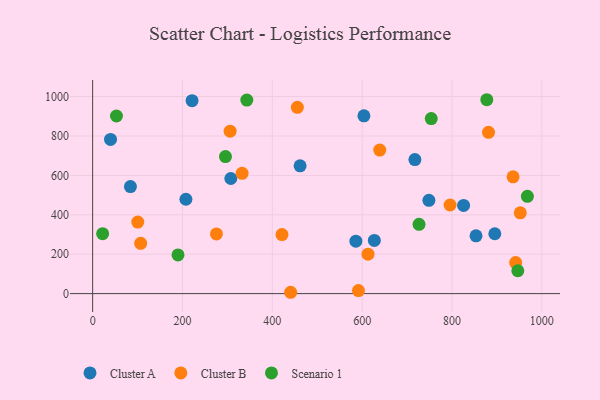
{"axis": {"x": "Price", "y": "Salary"}, "legend": ["Cluster A", "Cluster B", "Scenario 1"], "data": [{"x": "586.0", "y": 266.3, "type": "Cluster A"}, {"x": "461.8", "y": 648.8, "type": "Cluster A"}, {"x": "717.4", "y": 680.2, "type": "Cluster A"}, {"x": "895.3", "y": 303.9, "type": "Cluster A"}, {"x": "307.6", "y": 584.4, "type": "Cluster A"}, {"x": "39.8", "y": 782.8, "type": "Cluster A"}, {"x": "748.6", "y": 473.5, "type": "Cluster A"}, {"x": "221.3", "y": 979.2, "type": "Cluster A"}, {"x": "603.9", "y": 902.3, "type": "Cluster A"}, {"x": "627.1", "y": 270.2, "type": "Cluster A"}, {"x": "84.1", "y": 543.1, "type": "Cluster A"}, {"x": "207.6", "y": 479.1, "type": "Cluster A"}, {"x": "825.8", "y": 447.7, "type": "Cluster A"}, {"x": "853.5", "y": 293.2, "type": "Cluster A"}, {"x": "440.8", "y": 6.8, "type": "Cluster B"}, {"x": "421.5", "y": 299.7, "type": "Cluster B"}, {"x": "952.0", "y": 410.3, "type": "Cluster B"}, {"x": "306.0", "y": 824.5, "type": "Cluster B"}, {"x": "591.7", "y": 15.6, "type": "Cluster B"}, {"x": "941.7", "y": 157.5, "type": "Cluster B"}, {"x": "881.3", "y": 818.8, "type": "Cluster B"}, {"x": "106.9", "y": 255.2, "type": "Cluster B"}, {"x": "639.1", "y": 728.5, "type": "Cluster B"}, {"x": "613.0", "y": 200.1, "type": "Cluster B"}, {"x": "795.7", "y": 449.9, "type": "Cluster B"}, {"x": "455.7", "y": 945.7, "type": "Cluster B"}, {"x": "275.6", "y": 302.9, "type": "Cluster B"}, {"x": "332.7", "y": 610.7, "type": "Cluster B"}, {"x": "100.4", "y": 362.9, "type": "Cluster B"}, {"x": "936.0", "y": 593.0, "type": "Cluster B"}, {"x": "877.5", "y": 984.2, "type": "Scenario 1"}, {"x": "53.0", "y": 901.5, "type": "Scenario 1"}, {"x": "343.2", "y": 982.3, "type": "Scenario 1"}, {"x": "967.8", "y": 493.6, "type": "Scenario 1"}, {"x": "753.8", "y": 888.7, "type": "Scenario 1"}, {"x": "22.2", "y": 304.4, "type": "Scenario 1"}, {"x": "190.0", "y": 196.6, "type": "Scenario 1"}, {"x": "726.6", "y": 351.9, "type": "Scenario 1"}, {"x": "295.7", "y": 695.6, "type": "Scenario 1"}, {"x": "946.5", "y": 116.1, "type": "Scenario 1"}]}